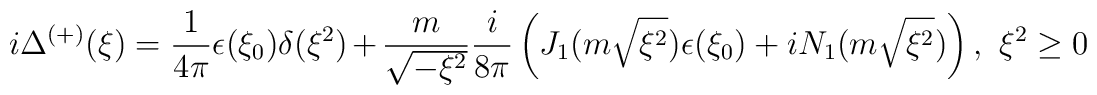
i\Delta ^{\left( +\right) }(\xi )=\frac{1}{4\pi }\epsilon (\xi _{0})\delta(\xi ^{2})+\frac{m}{\sqrt{-\xi ^{2}}}\frac{i}{8\pi }\left( J_{1}(m\sqrt{\xi^{2}})\epsilon (\xi _{0})+iN_{1}(m\sqrt{\xi ^{2}})\right) ,\,\,\xi ^{2}\geq 0